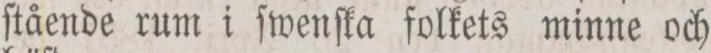
ſtående rum i ſwenſka folkets minne och